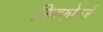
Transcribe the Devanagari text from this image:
विनफोर्म्ज़